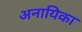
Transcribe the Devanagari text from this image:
अनायिका